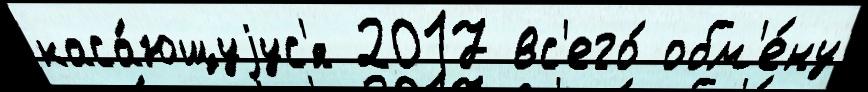
каса́ющуjус'я 2017 вс'его́ обм'е́ну